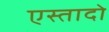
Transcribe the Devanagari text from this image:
एस्तादो